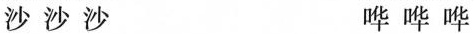
沙沙沙 哗哗哗